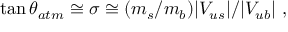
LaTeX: \tan \theta _ { a t m } \cong \sigma \cong ( m _ { s } / m _ { b } ) | V _ { u s } | / | V _ { u b } | ~ ,